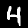
Label: 4